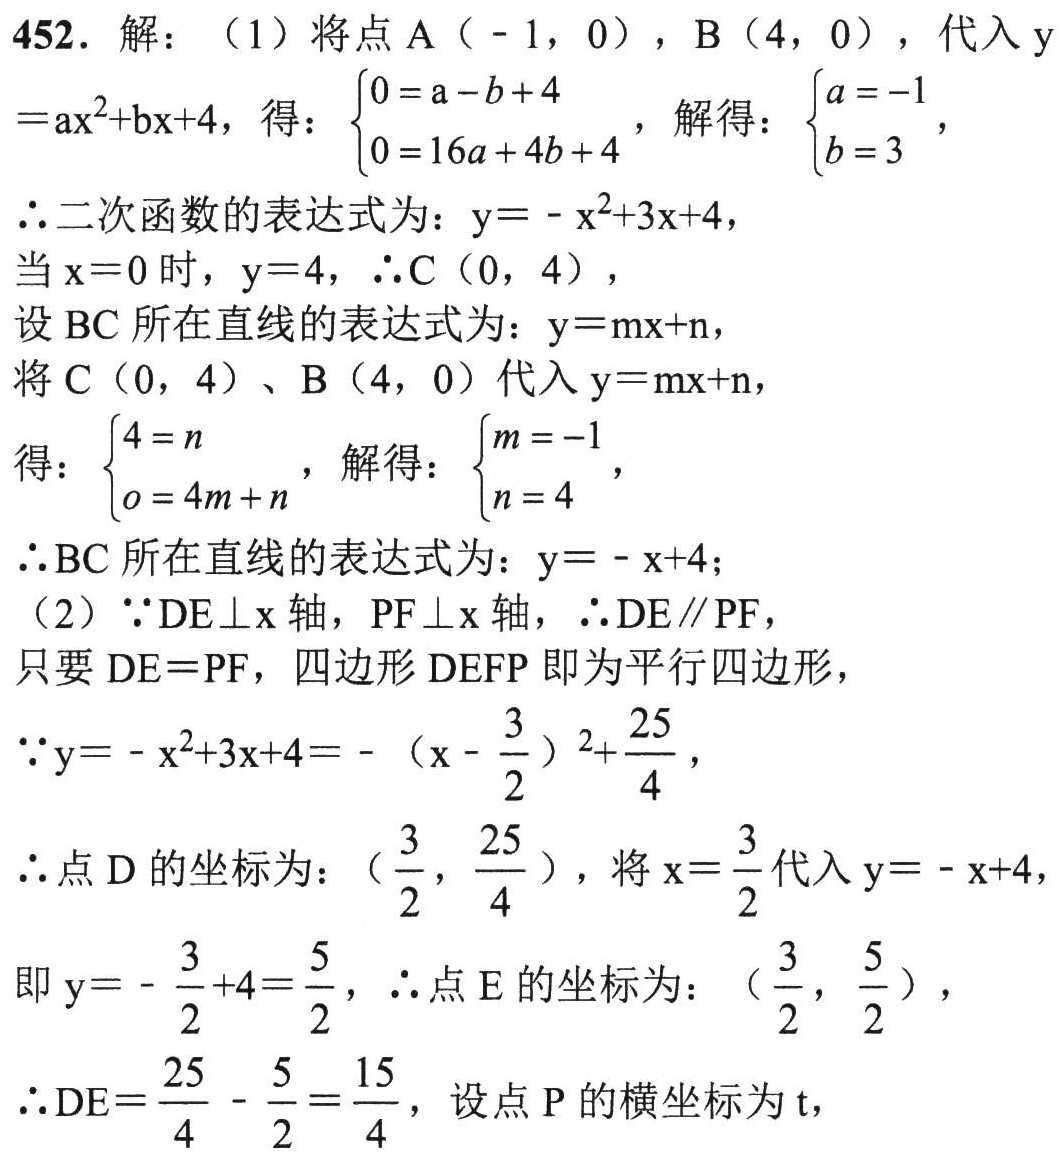
452. 解：（1）将点\(A(-1,0)\)，\(B(4,0)\)，代入\(y = ax^{2}+bx + 4\)，得：\(\begin{cases}0 = a - b + 4\\0 = 16a + 4b + 4\end{cases}\)，解得：\(\begin{cases}a = -1\\b = 3\end{cases}\)，
\(\therefore\)二次函数的表达式为：\(y = -x^{2}+3x + 4\)，
当\(x = 0\)时，\(y = 4\)，\(\therefore C(0,4)\)，
设\(BC\)所在直线的表达式为：\(y = mx + n\)，
将\(C(0,4)\)、\(B(4,0)\)代入\(y = mx + n\)，
得：\(\begin{cases}4 = n\\0 = 4m + n\end{cases}\)，解得：\(\begin{cases}m = -1\\n = 4\end{cases}\)，
\(\therefore BC\)所在直线的表达式为：\(y = -x + 4\)；
（2）\(\because DE\perp x\)轴，\(PF\perp x\)轴，\(\therefore DE\parallel PF\)，
只要\(DE = PF\)，四边形\(DEFP\)即为平行四边形，
\(\because y = -x^{2}+3x + 4 = -(x - \frac{3}{2})^{2}+\frac{25}{4}\)，
\(\therefore\)点\(D\)的坐标为：\((\frac{3}{2},\frac{25}{4})\)，将\(x = \frac{3}{2}\)代入\(y = -x + 4\)，
即\(y = -\frac{3}{2}+4 = \frac{5}{2}\)，\(\therefore\)点\(E\)的坐标为：\((\frac{3}{2},\frac{5}{2})\)，
\(\therefore DE = \frac{25}{4}-\frac{5}{2}=\frac{15}{4}\)，设点\(P\)的横坐标为\(t\)，